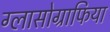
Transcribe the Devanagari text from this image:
ग्लासोग्राफिया